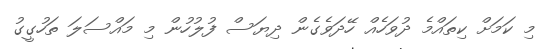
މި ކަމަށް ކިތައްމެ ދުވަހެއް ހޭދަވެގެން ދިޔަސް ފުލުހުން މި މައްސަލަ ތަހުގީގު